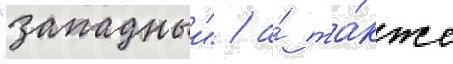
"западныи" / а́ та́кже